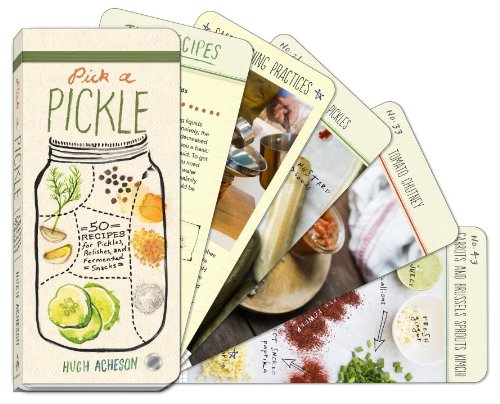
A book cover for Pick a Pickle: 50 Recipes for Pickles, Relishes, and Fermented Snacks; Hugh Acheson; Cookbooks, Food & Wine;